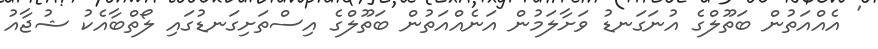
' އެއްއަތުން ބަތޫލްގެ އުނަގަނޑު ވަށާލަމުން އަނެއްއަތުން ބަތޫލްގެ އިސްތަށިގަނޑުގައި ލޯތްބާއެކު ޝުޖާއު